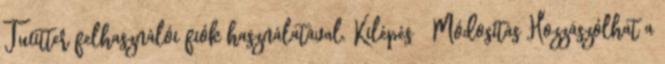
Twitter felhasználói fiók használatával. Kilépés Módosítás Hozzászólhat a